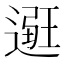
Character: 𨕿